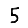
Digit: 5